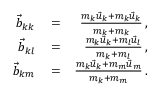
\begin{array} { r l r } { \vec { b } _ { k k } } & { { } = } & { \frac { m _ { k } \vec { u } _ { k } + m _ { k } \vec { u } _ { k } } { m _ { k } + m _ { k } } \, , } \\ { \vec { b } _ { k l } } & { { } = } & { \frac { m _ { k } \vec { u } _ { k } + m _ { l } \vec { u } _ { l } } { m _ { k } + m _ { l } } \, , } \\ { \vec { b } _ { k m } } & { { } = } & { \frac { m _ { k } \vec { u } _ { k } + m _ { m } \vec { u } _ { m } } { m _ { k } + m _ { m } } \, . } \end{array}